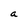
Character: a